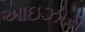
આઇઝોરા